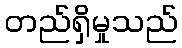
တည်ရှိမှုသည်